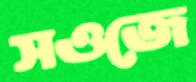
সওজে